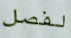
لفصل